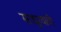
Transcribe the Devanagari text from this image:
साधुत्वाची